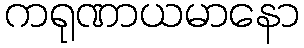
ကရုဏာယမာနော